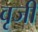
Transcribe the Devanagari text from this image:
वृजी